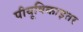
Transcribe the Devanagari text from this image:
पीयूषिकाइतर